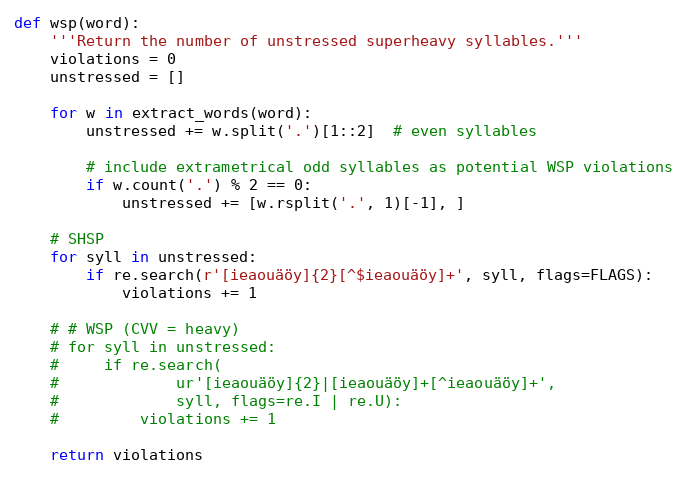
Language: Python
def wsp(word):
    '''Return the number of unstressed superheavy syllables.'''
    violations = 0
    unstressed = []

    for w in extract_words(word):
        unstressed += w.split('.')[1::2]  # even syllables

        # include extrametrical odd syllables as potential WSP violations
        if w.count('.') % 2 == 0:
            unstressed += [w.rsplit('.', 1)[-1], ]

    # SHSP
    for syll in unstressed:
        if re.search(r'[ieaouäöy]{2}[^$ieaouäöy]+', syll, flags=FLAGS):
            violations += 1

    # # WSP (CVV = heavy)
    # for syll in unstressed:
    #     if re.search(
    #             ur'[ieaouäöy]{2}|[ieaouäöy]+[^ieaouäöy]+',
    #             syll, flags=re.I | re.U):
    #         violations += 1

    return violations